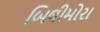
બિલીમોરા